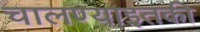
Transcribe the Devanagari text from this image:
चालण्याइतकी